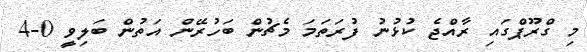
މި ގްރޫޕްގައި ރާއްޖެ ކުޅުނު ފުރަތަމަ މެޗުން ބަހުރޭން އަތުން ބަލިވީ 0-4